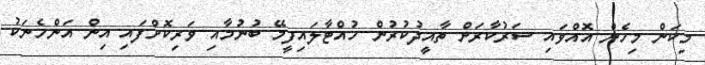
މިކަން މިހެން އޮއްވައި ސަރުކާރަށް ތާއީދުކުރުން ހުއްޓާލައިފީމޭ ބުނުމާއި ވަރިކޮށްފައި އިން އަންހެނަކު